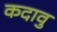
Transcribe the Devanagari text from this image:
कदावु